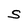
Character: S